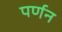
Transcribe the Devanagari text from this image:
पर्णन